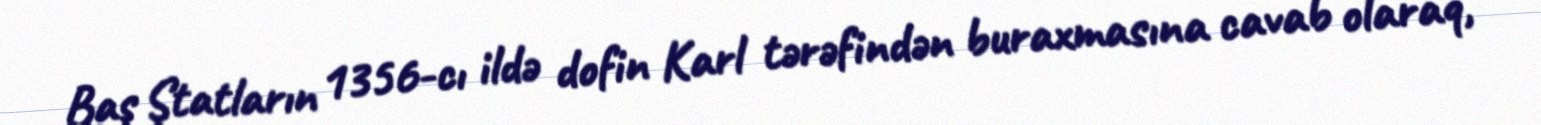
Baş Ştatların 1356-cı ildə dofin Karl tərəfindən buraxmasına cavab olaraq,